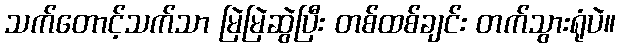
သက်တောင့်သက်သာ မြဲမြဲဆွဲပြီး တစ်ထစ်ချင်း တက်သွားရုံပဲ။